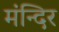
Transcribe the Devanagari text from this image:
मंन्दिर